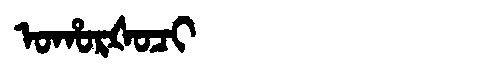
Manchu: ᠣᡥᠣᡵᡧᠣᠴᡳ
Romanization: OHORŠOCI